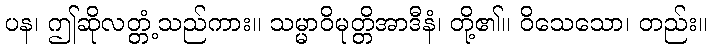
ပန၊ ဤဆိုလတ္တံ့သည်ကား။ သမ္မာဝိမုတ္တိအာဒီနံ၊ တို့၏။ ဝိသေသော၊ တည်း။